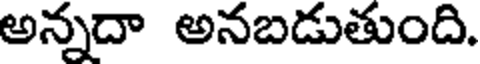
అన్నదా అనబడుతుంది.